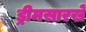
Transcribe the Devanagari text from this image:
ड्रीमसारखे